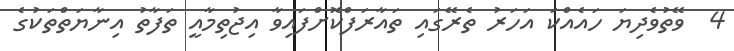
4  ވޭތުވެދިޔަ ހައެއްކަ އަހަރު ތެރޭގައި ތައާރަފްކޮށްފައިވާ އިޖުތިމާއީ ތަފާތު އިނާޔަތްތަކުގެ